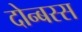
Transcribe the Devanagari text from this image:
दोन्बस्स